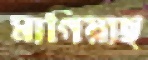
মাগিয়াছ